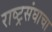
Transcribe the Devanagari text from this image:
राष्ट्रसंघाचा